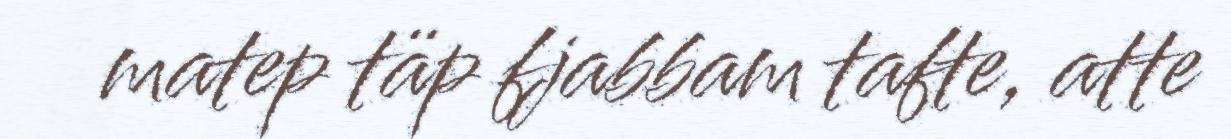
matep täp fjabbam tafte, atte